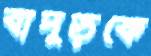
বাদুড়কে